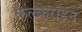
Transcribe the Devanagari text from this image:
कैल्‍केराइन